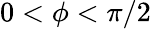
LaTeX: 0<\phi<\pi/2